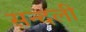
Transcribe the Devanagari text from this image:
सन्दली